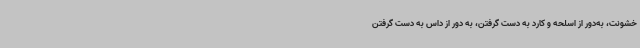
خشونت، به‌دور از اسلحه و کارد به دست گرفتن، به دور از داس به دست گرفتن